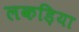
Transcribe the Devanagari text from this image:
लकड़िया